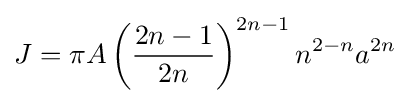
J=\pi A\left({\frac {2n-1}{2n}}\right)^{2n-1}n^{2-n}a^{2n}